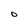
Character: O